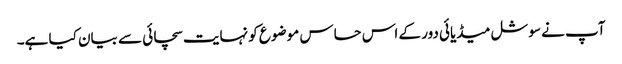
آپ نے سوشل میڈیائی دور کے اس حساس موضوع کو نہایت سچائی سے بیان کیا ہے۔